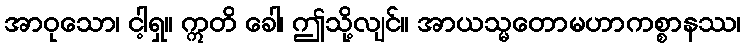
အာဝုသော၊ ငါ့ရှ။ ဣတိ ခေါ၊ ဤသို့လျင်။ အာယသ္မတောမဟာကစ္စာနဿ၊